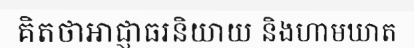
គិតថាអាជ្ញាធរនិយាយ និងហាមឃាត